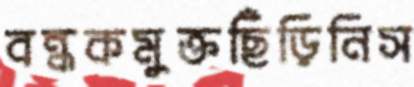
বন্ধকমুক্তছিঁড়িনিস